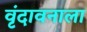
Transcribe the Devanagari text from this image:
वृंदावनाला